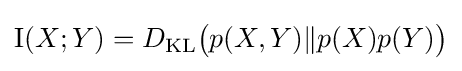
\operatorname {I} (X;Y)=D_{\mathrm {KL} }{\bigl (}p(X,Y)\|p(X)p(Y){\bigr )}